Annual report on the health of the army in India
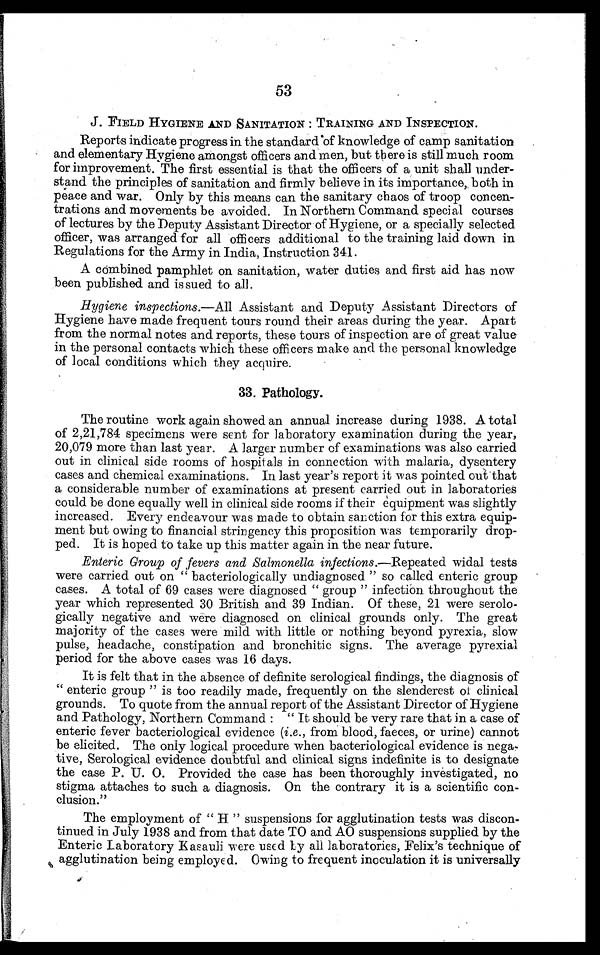
53
J . FIELD HYGIENE AND SANITATION : TRAINING AND INSPECTION.
Reports indicate progress in the standard of knowledge of camp sanitation
and elementary Hygiene amongst officers and men, but there is still much room
for improvement. The first essential is that the officers of a unit shall under--
stand the principles of sanitation and firmly believe in its importance, both in
peace and war. Only by this means can the sanitary chaos of troop concen--
trations and movements be avoided. In Northern Command special courses
of lectures by the Deputy Assistant Director of Hygiene, or a specially selected
officer, was arranged for all officers additional to the training laid down in
Regulations for the Army in India, Instruction 341.
A combined pamphlet on sanitation, water duties and first aid has now
been published and issued to all.
Hygiene inspections.—All Assistant and Deputy Assistant Directors of
Hygiene have made frequent tours round their areas during the year. Apart
from the normal notes and reports, these tours of inspection are of great value
in the personal contacts which these officers make and the personal knowledge
of local conditions which they acquire.
33. Pathology.
The routine work again showed an annual increase during 1938. A total
of 2,21,784 specimens were sent for laboratory examination during the year,
20,079 more than last year. A larger number of examinations was also carried
out in clinical side rooms of hospitals in connection with malaria, dysentery
cases and chemical examinations. In last year's report it was pointed out that
a considerable number of examinations at present carried out in laboratories
could be done equally well in clinical side rooms if their equipment was slightly
increased. Every endeavour was made to obtain sanction for this extra equip--
ment but owing to financial stringency this proposition was temporarily drop--
ped. It is hoped to take up this matter again in the near future.
Enteric Group of fevers and Salmonella infections. —Repeated widal tests
were carried out on " bacteriologically undiagnosed " so called enteric group
cases. A total of 69 cases were diagnosed " group " infection throughout the
year which represented 30 British and 39 Indian. Of these, 21 were
serolo-gically negative and were diagnosed on clinical grounds only. The great
majority of the cases were mild with little or nothing beyond pyrexia, slow
pulse, headache, constipation and bronchitic signs. The average pyrexial
period for the above cases was 16 days.
It is felt that in the absence of definite serological findings, the diagnosis of
" enteric group " is too readily made, frequently on the slenderest of clinical
grounds. To quote from the annual report of the Assistant Director of Hygiene
and Pathology, Northern Command : " It should be very rare that in a case of
enteric fever bacteriological evidence ( i.e ., from blood, faeces, or urine) cannot
be elicited. The only logical procedure when bacteriological evidence is nega--
tive, Serological evidence doubtful and clinical signs indefinite is to designate
the case P. U. O. Provided the case has been thoroughly investigated, no
stigma attaches to such a diagnosis. On the contrary it is a scientific con-
-clusion."
The employment of " H " suspensions for agglutination tests was discon--
tinued in July 1938 and from that date TO and AO suspensions supplied by the
Enteric Laboratory Kasauli were used by all laboratories, Felix's technique of
agglutination being employed. Owing to frequent inoculation it is universally